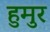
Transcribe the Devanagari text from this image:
हुमुर